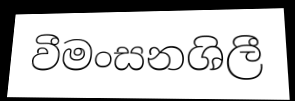
වීමංසනශිලී